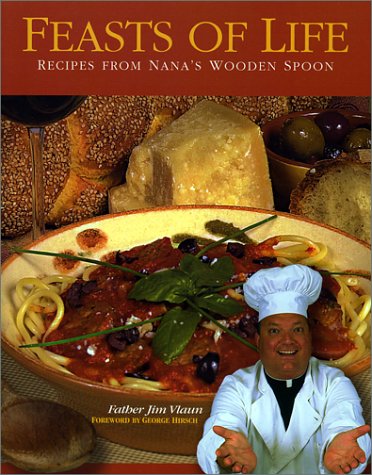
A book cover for Feasts of Life: Recipes from Nana's Wooden Spoon; Jim Vlaun; Cookbooks, Food & Wine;